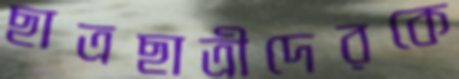
ছাত্রছাত্রীদেরকে